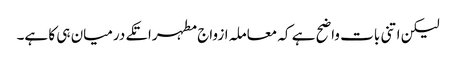
لیکن اتنی بات واضح ہے کہ معاملہ ازواج مطہراتکے درمیان ہی کا ہے۔